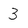
Character: 3